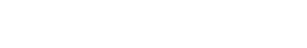
အဆိုင်ဆိုင်လျှင်၊ တောမြိုင်လည်လှည့်၊